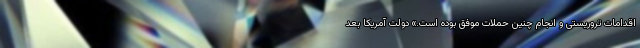
اقدامات تروریستی و انجام چنین حملات موفق بوده است.» دولت آمریکا بعد